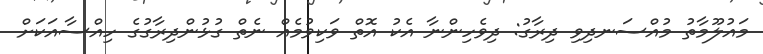
މައުލޫމާތު މުއްސަނދިވި ދިރާގު: ދިވެހިންނާ އެކު އޮތް ވަކިވުމެއް ނެތް ގުޅުންދިރާގުގެ ހިއްސާއަކަށް